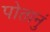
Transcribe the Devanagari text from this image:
पोतानुं